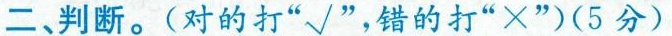
二、判断。(对的打”√”，错的打”×”)(5分)